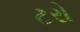
ટરો